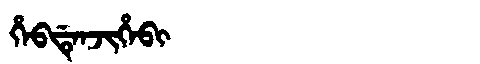
Manchu: ᡥᡝᠪᡩᡝᠨᠵᡳᡥᡝᠪᡳ
Romanization: HEBDENJIHEBI